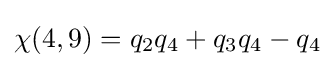
\chi (4,9)=q_{2}q_{4}+q_{3}q_{4}-q_{4}